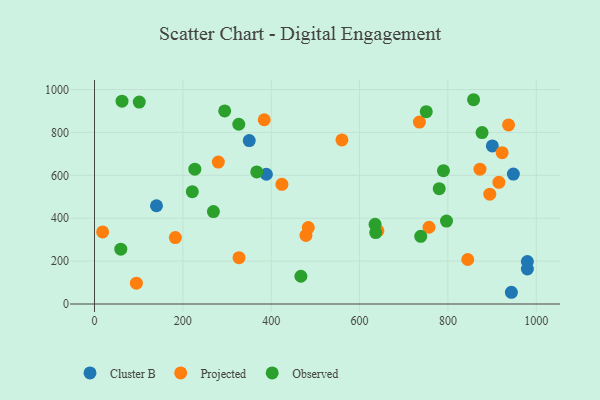
{"axis": {"x": "Investment", "y": "Profit"}, "legend": ["Cluster B", "Observed", "Projected"], "data": [{"x": "979.9", "y": 197.9, "type": "Cluster B"}, {"x": "943.7", "y": 54.7, "type": "Cluster B"}, {"x": "389.0", "y": 604.8, "type": "Cluster B"}, {"x": "350.3", "y": 762.1, "type": "Cluster B"}, {"x": "948.2", "y": 605.6, "type": "Cluster B"}, {"x": "979.9", "y": 163.1, "type": "Cluster B"}, {"x": "900.6", "y": 736.8, "type": "Cluster B"}, {"x": "140.3", "y": 458.0, "type": "Cluster B"}, {"x": "327.1", "y": 216.2, "type": "Projected"}, {"x": "94.8", "y": 96.9, "type": "Projected"}, {"x": "937.3", "y": 835.0, "type": "Projected"}, {"x": "735.5", "y": 848.2, "type": "Projected"}, {"x": "641.5", "y": 341.5, "type": "Projected"}, {"x": "915.4", "y": 567.2, "type": "Projected"}, {"x": "18.4", "y": 336.2, "type": "Projected"}, {"x": "922.7", "y": 705.3, "type": "Projected"}, {"x": "280.3", "y": 661.7, "type": "Projected"}, {"x": "384.2", "y": 859.0, "type": "Projected"}, {"x": "478.7", "y": 319.7, "type": "Projected"}, {"x": "894.8", "y": 511.9, "type": "Projected"}, {"x": "424.2", "y": 558.0, "type": "Projected"}, {"x": "483.9", "y": 356.2, "type": "Projected"}, {"x": "844.9", "y": 207.5, "type": "Projected"}, {"x": "183.0", "y": 309.5, "type": "Projected"}, {"x": "757.2", "y": 357.9, "type": "Projected"}, {"x": "560.1", "y": 764.7, "type": "Projected"}, {"x": "872.6", "y": 628.7, "type": "Projected"}, {"x": "227.1", "y": 628.6, "type": "Observed"}, {"x": "221.4", "y": 523.8, "type": "Observed"}, {"x": "101.3", "y": 941.2, "type": "Observed"}, {"x": "796.8", "y": 386.7, "type": "Observed"}, {"x": "877.3", "y": 799.3, "type": "Observed"}, {"x": "62.3", "y": 945.7, "type": "Observed"}, {"x": "269.2", "y": 431.1, "type": "Observed"}, {"x": "789.9", "y": 621.4, "type": "Observed"}, {"x": "467.2", "y": 129.3, "type": "Observed"}, {"x": "751.0", "y": 896.4, "type": "Observed"}, {"x": "326.6", "y": 837.9, "type": "Observed"}, {"x": "858.1", "y": 952.3, "type": "Observed"}, {"x": "294.7", "y": 900.2, "type": "Observed"}, {"x": "636.6", "y": 332.8, "type": "Observed"}, {"x": "367.3", "y": 615.5, "type": "Observed"}, {"x": "635.1", "y": 371.6, "type": "Observed"}, {"x": "59.5", "y": 255.8, "type": "Observed"}, {"x": "780.3", "y": 537.7, "type": "Observed"}, {"x": "738.5", "y": 315.7, "type": "Observed"}]}